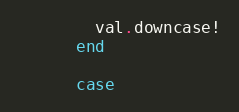
Language: Ruby
        val.downcase!
      end

      case